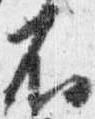
不